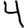
Digit: 4